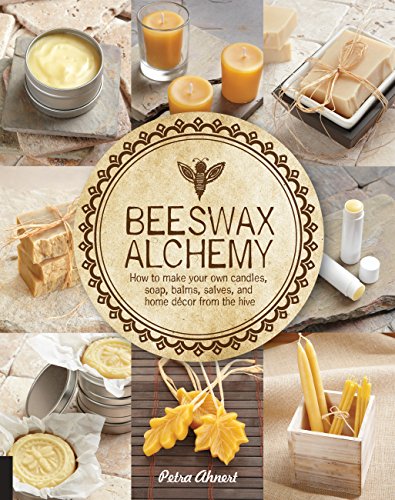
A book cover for Beeswax Alchemy: How to Make Your Own Soap, Candles, Balms, Creams, and Salves from the Hive; Petra Ahnert; Crafts, Hobbies & Home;